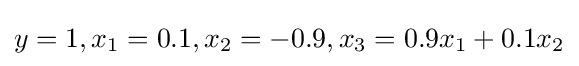
y=1,x_{1}=0.1,x_{2}=-0.9,x_{3}=0.9x_{1}+0.1x_{2}